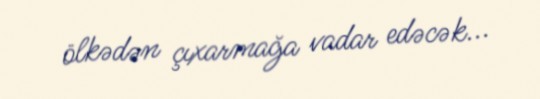
ölkədən çıxarmağa vadar edəcək...